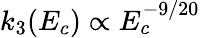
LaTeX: k_{3}(E_{c})\propto E_{c}^{-9/20}